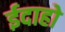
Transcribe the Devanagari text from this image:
ईदाहो